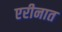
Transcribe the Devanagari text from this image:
एरीनात